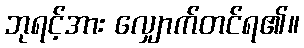
ဘုရင့်အား လျှောက်တင်ရ၏။